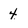
Character: 4